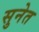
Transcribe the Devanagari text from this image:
सुनेत